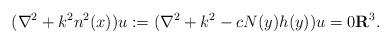
LaTeX: \begin{align*} (\nabla^2+k^2n^2(x))u:=(\nabla^2+k^2-c N(y) h(y))u=0 \mathbf{R}^3.\end{align*}